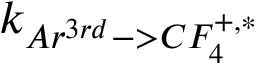
k _ { A r ^ { 3 r d } - > C F _ { 4 } ^ { + , * } }